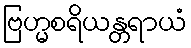
ဗြဟ္မစရိယန္တရာယံ